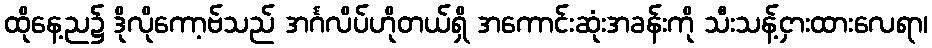
ထိုနေ့ည၌ ဒိုလိုကော့ဗ်သည် အင်္ဂလိပ်ဟိုတယ်ရှိ အကောင်းဆုံးအခန်းကို သီးသန့်ငှားထားလေရာ၊